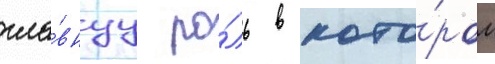
гла́внуу ро́ль в кото́ром